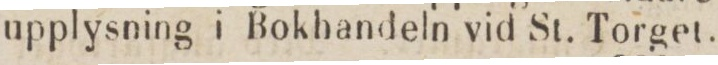
upplysning i Bokhandeln vid St. Torget.